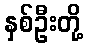
နှစ်ဦးတို့